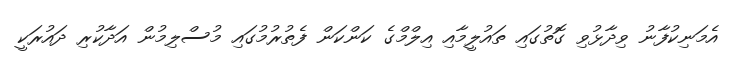
އެމަނިކުފާނު ވިދާޅުވި ގޮތުގައި ތައުލީމާއި އިލްމްގެ ކަންކަން ފެތުރުމުގައި މުސްލިމުން އަދާކުރި ދައުރަކީ